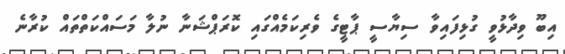
އިބޫ ވިދާޅުވީ ގުޅިފައިވާ ސިޔާސީ ޕާޓީގެ ވެރިކަމެއްގައި ކޮރަޕްޝަނާ ނުލާ މަސައްކަތްތައް ކުރާނެ